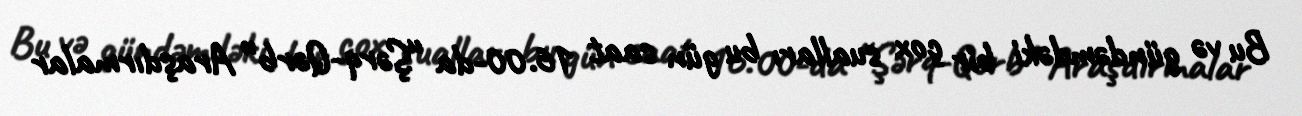
Bu və gündəmdəki bir çox sualları bu gün saat 16.00-da “Şərq-Qərb” Araşdırmalar